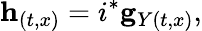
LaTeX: {}{\mathbf h}_{(t,x)}=i^{*}{\mathbf g}_{Y(t,x)},